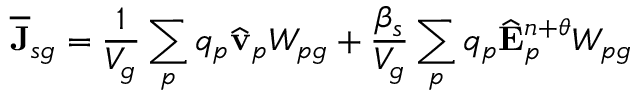
\overline { { \mathbf { J } } } _ { s g } = \frac { 1 } { V _ { g } } \sum _ { p } q _ { p } \widehat { \mathbf { v } } _ { p } W _ { p g } + \frac { \beta _ { s } } { V _ { g } } \sum _ { p } q _ { p } \widehat { \mathbf { E } } _ { p } ^ { n + \theta } W _ { p g }